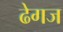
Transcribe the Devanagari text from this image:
ढेगज